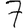
Digit: 7